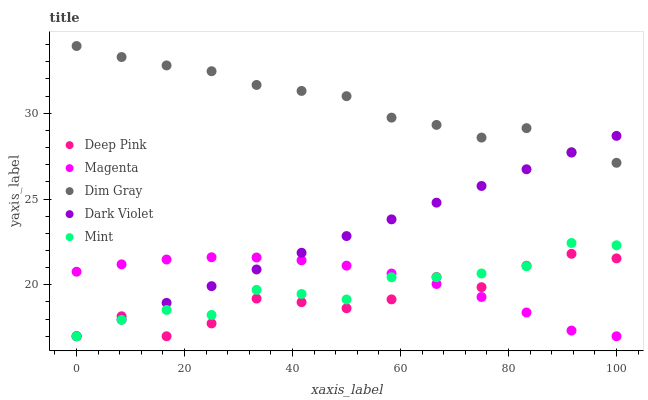
| xaxis_label | Deep Pink | Magenta | Dim Gray | Dark Violet | Mint |
 | --- | --- | --- | --- | --- | --- |
 | 0 | 17 | 20.8 | 33.9 | 17 | 17 |
 | 8.33 | 18.2 | 21.2 | 33.3 | 18 | 18 |
 | 16.7 | 17 | 21.5 | 32.8 | 18.9 | 18.5 |
 | 25 | 17.7 | 21.6 | 32.4 | 19.9 | 18.2 |
 | 33.3 | 19.2 | 21.6 | 31.6 | 20.9 | 19.7 |
 | 41.7 | 19 | 21.4 | 31.3 | 21.9 | 19.5 |
 | 50 | 18.6 | 21.1 | 31 | 22.8 | 19.1 |
 | 58.3 | 19.1 | 20.7 | 29.7 | 23.8 | 20.4 |
 | 66.7 | 20.5 | 20 | 29.3 | 24.8 | 20.4 |
 | 75 | 19.9 | 19.3 | 28.6 | 25.8 | 20.7 |
 | 83.3 | 21.1 | 18.4 | 29.1 | 26.7 | 21.1 |
 | 91.7 | 21.8 | 17.3 | 27.7 | 27.7 | 22.4 |
 | 100 | 21.5 | 17 | 27.1 | 28.7 | 22.3 |